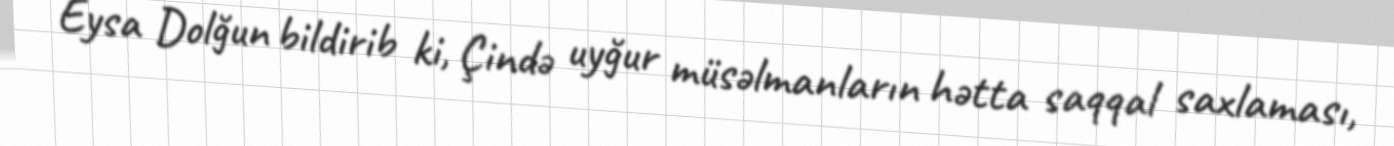
Eysa Dolğun bildirib ki, Çində uyğur müsəlmanların hətta saqqal saxlaması,